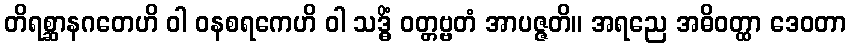
တိရစ္ဆာနဂတေဟိ ဝါ ဝနစရကေဟိ ဝါ သဒ္ဓိံ ဝတ္တဗ္ဗတံ အာပဇ္ဇတိ။ အရညေ အဓိဝတ္ထာ ဒေဝတာ